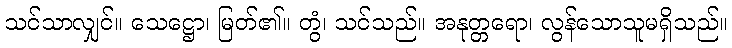
သင်သာလျှင်။ သေဋ္ဌော၊ မြတ်၏။ တွံ၊ သင်သည်။ အနုတ္တရော၊ လွန်သောသူမရှိသည်။